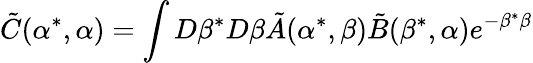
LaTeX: \tilde{C}(\alpha^{*},\alpha)=\int D\beta^{*}D\beta\tilde{A}(\alpha^{*},\beta)\tilde{B}(\beta^{*},\alpha)e^{-\beta^{*}\beta}